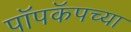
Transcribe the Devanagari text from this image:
पॉपकॅपच्या